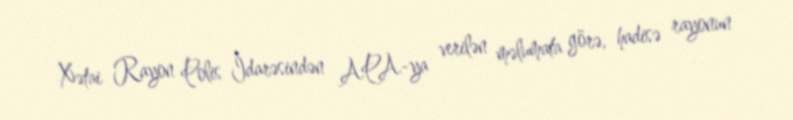
Xətai Rayon Polis İdarəsindən APA-ya verilən məlumata görə, hadisə rayonun